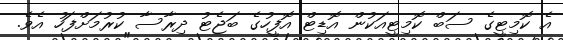
އެ ކޮމިޓީގެ ސަބް ކޮމިޓީއަކުން އޮޑިޓް އޮފީހުގެ ބަޖެޓު ދިރާސާ ކުރުމަށްފަހު އެވެ.